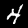
Digit: 4